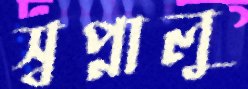
স্বপ্নালু